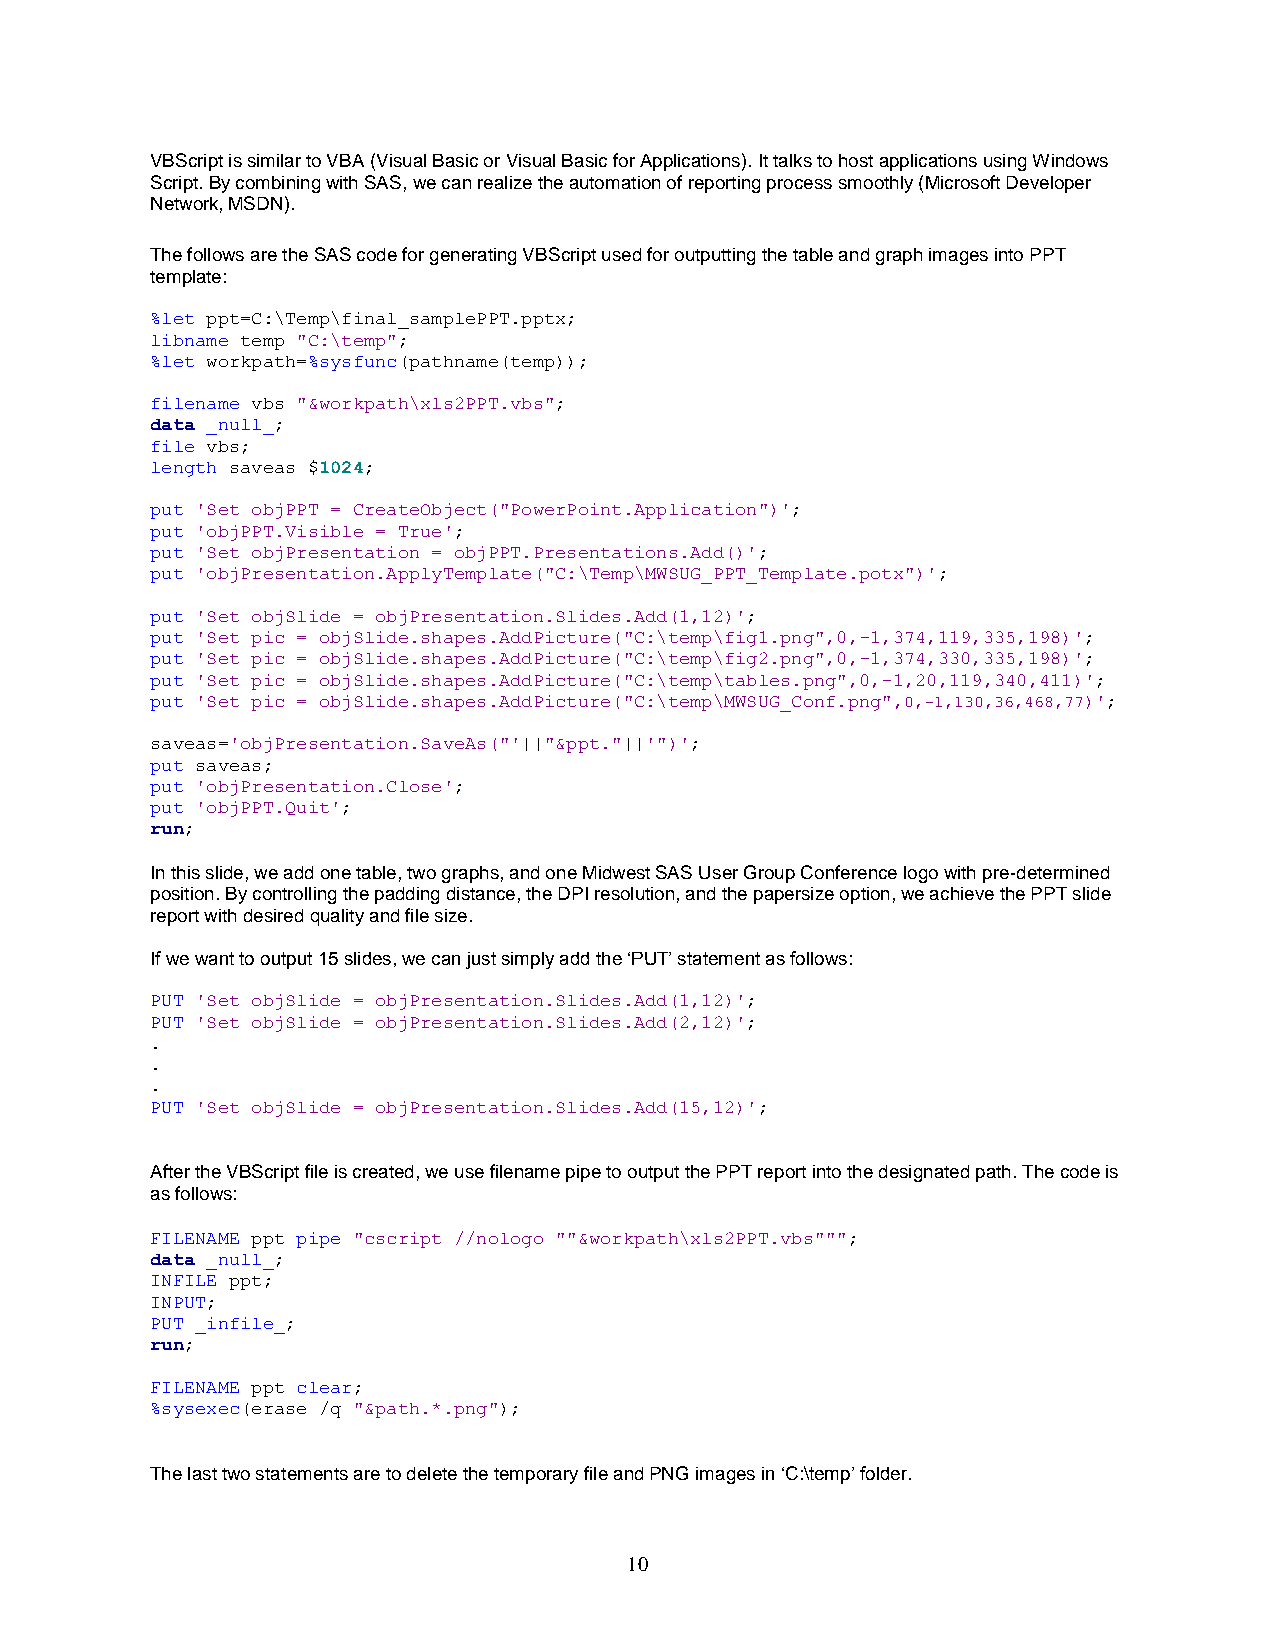
VBScript is similar to VBA (Visual Basic or Visual Basic for Applications). It talks to host applications using Windows
 Script. By combining with SAS, we can realize the automation of reporting process smoothly (Microsoft Developer
 Network, MSDN).
 The follows are the SAS code for generating VBScript used for outputting the table and graph images into PPT
 template:
 %let ppt=C:\Temp\final_samplePPT.pptx;
 libname temp "C:\temp";
 %let workpath=%sysfunc(pathname(temp));
 filename vbs "&workpath\xls2PPT.vbs";
 data _null_;
 file vbs;
 length saveas $1024;
 put 'Set objPPT = CreateObject("PowerPoint.Application")';
 put 'objPPT.Visible = True';
 put 'Set objPresentation = objPPT.Presentations.Add()';
 put 'objPresentation.ApplyTemplate("C:\Temp\MWSUG_PPT_Template.potx")';
 put 'Set objSlide = objPresentation.Slides.Add(1,12)';
 put 'Set pic = objSlide.shapes.AddPicture("C:\temp\fig1.png",0,-1,374,119,335,198)';
 put 'Set pic = objSlide.shapes.AddPicture("C:\temp\fig2.png",0,-1,374,330,335,198)';
 put 'Set pic = objSlide.shapes.AddPicture("C:\temp\tables.png",0,-1,20,119,340,411)';
 put 'Set pic = objSlide.shapes.AddPicture("C:\temp\MWSUG_Conf.png",0,-1,130,36,468,77)';
 saveas='objPresentation.SaveAs("'||"&ppt."||'")';
 put saveas;
 put 'objPresentation.Close';
 put 'objPPT.Quit';
 run;
 In this slide, we add one table, two graphs, and one Midwest SAS User Group Conference logo with pre-determined
 position. By controlling the padding distance, the DPI resolution, and the papersize option, we achieve the PPT slide
 report with desired quality and file size.
 If we want to output 15 slides, we can just simply add the ‘PUT’ statement as follows:
 PUT 'Set objSlide = objPresentation.Slides.Add(1,12)';
 PUT 'Set objSlide = objPresentation.Slides.Add(2,12)';
 .
 .
 .
 PUT 'Set objSlide = objPresentation.Slides.Add(15,12)';
 After the VBScript file is created, we use filename pipe to output the PPT report into the designated path. The code is
 as follows:
 FILENAME ppt pipe "cscript //nologo ""&workpath\xls2PPT.vbs""";
 data _null_;
 INFILE ppt;
 INPUT;
 PUT _infile_;
 run;
 FILENAME ppt clear;
 %sysexec(erase /q "&path.*.png");
 The last two statements are to delete the temporary file and PNG images in ‘C:\temp’ folder.
 10